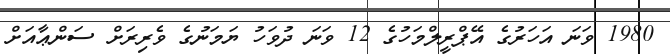
1980 ވަނަ އަހަރުގެ އޭޕްރީލްމަހުގެ 12 ވަނަ ދުވަހު ޔަމަނުގެ ވެރިރަށް ސަންޢާއަށް